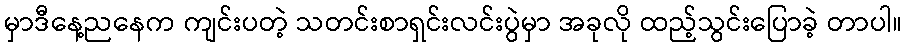
မှာဒီနေ့ညနေက ကျင်းပတဲ့ သတင်းစာရှင်းလင်းပွဲမှာ အခုလို ထည့်သွင်းပြောခဲ့ တာပါ။